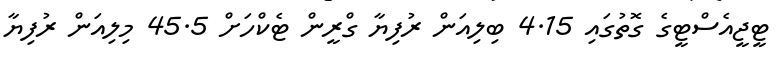
ޓީޖީއެސްޓީގެ ގޮތުގައި 4.15 ބިލިއަން ރުފިޔާ ގްރީން ޓެކްހަށް 45.5 މިލިއަން ރުފިޔާ